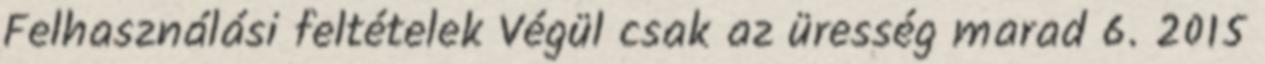
Felhasználási feltételek Végül csak az üresség marad 6. 2015